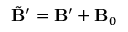
\tilde { \mathbf { B } } ^ { \prime } = \mathbf B ^ { \prime } + \mathbf B _ { 0 }